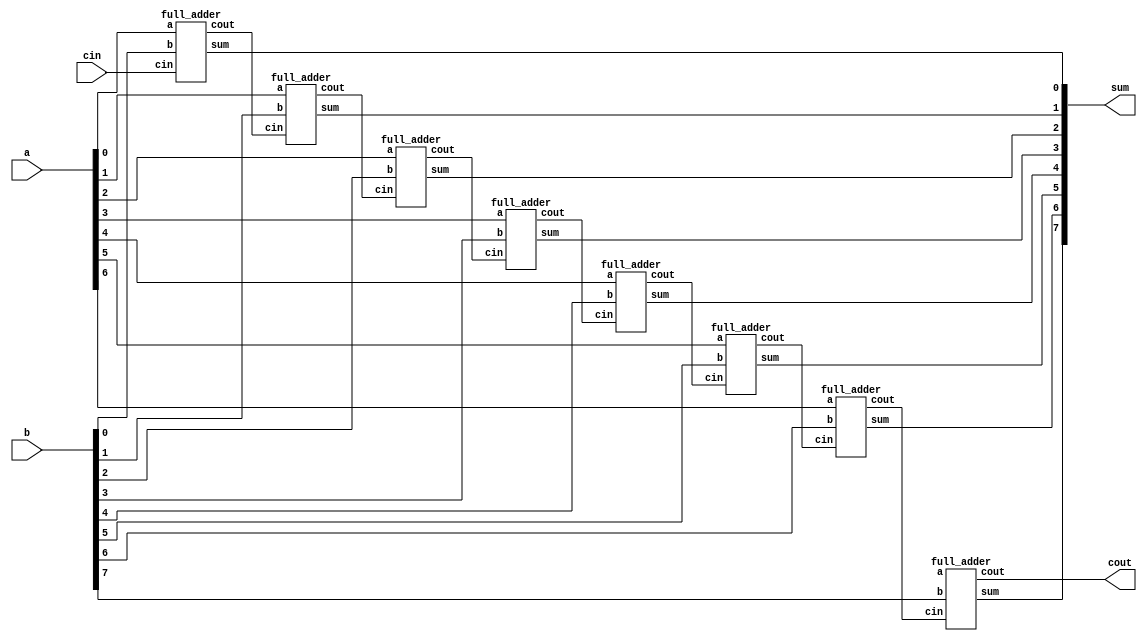
module adder_8bit(
    input [7:0] a, b, 
    input cin, 
    output [7:0] sum, 
    output cout);
    
    wire [8:0] c;

    full_adder FA0 (.a(a[0]), .b(b[0]), .cin(cin), .sum(sum[0]), .cout(c[0]));
    full_adder FA1 (.a(a[1]), .b(b[1]), .cin(c[0]), .sum(sum[1]), .cout(c[1]));
    full_adder FA2 (.a(a[2]), .b(b[2]), .cin(c[1]), .sum(sum[2]), .cout(c[2]));
    full_adder FA3 (.a(a[3]), .b(b[3]), .cin(c[2]), .sum(sum[3]), .cout(c[3]));
    full_adder FA4 (.a(a[4]), .b(b[4]), .cin(c[3]), .sum(sum[4]), .cout(c[4]));
    full_adder FA5 (.a(a[5]), .b(b[5]), .cin(c[4]), .sum(sum[5]), .cout(c[5]));
    full_adder FA6 (.a(a[6]), .b(b[6]), .cin(c[5]), .sum(sum[6]), .cout(c[6]));
    full_adder FA7 (.a(a[8]), .b(b[7]), .cin(c[6]), .sum(sum[7]), .cout(c[7]));

    assign cout = c[7]; 
endmodule

module full_adder (input a, b, cin, output sum, cout);
    assign {cout, sum} = a + b + cin;
endmodule